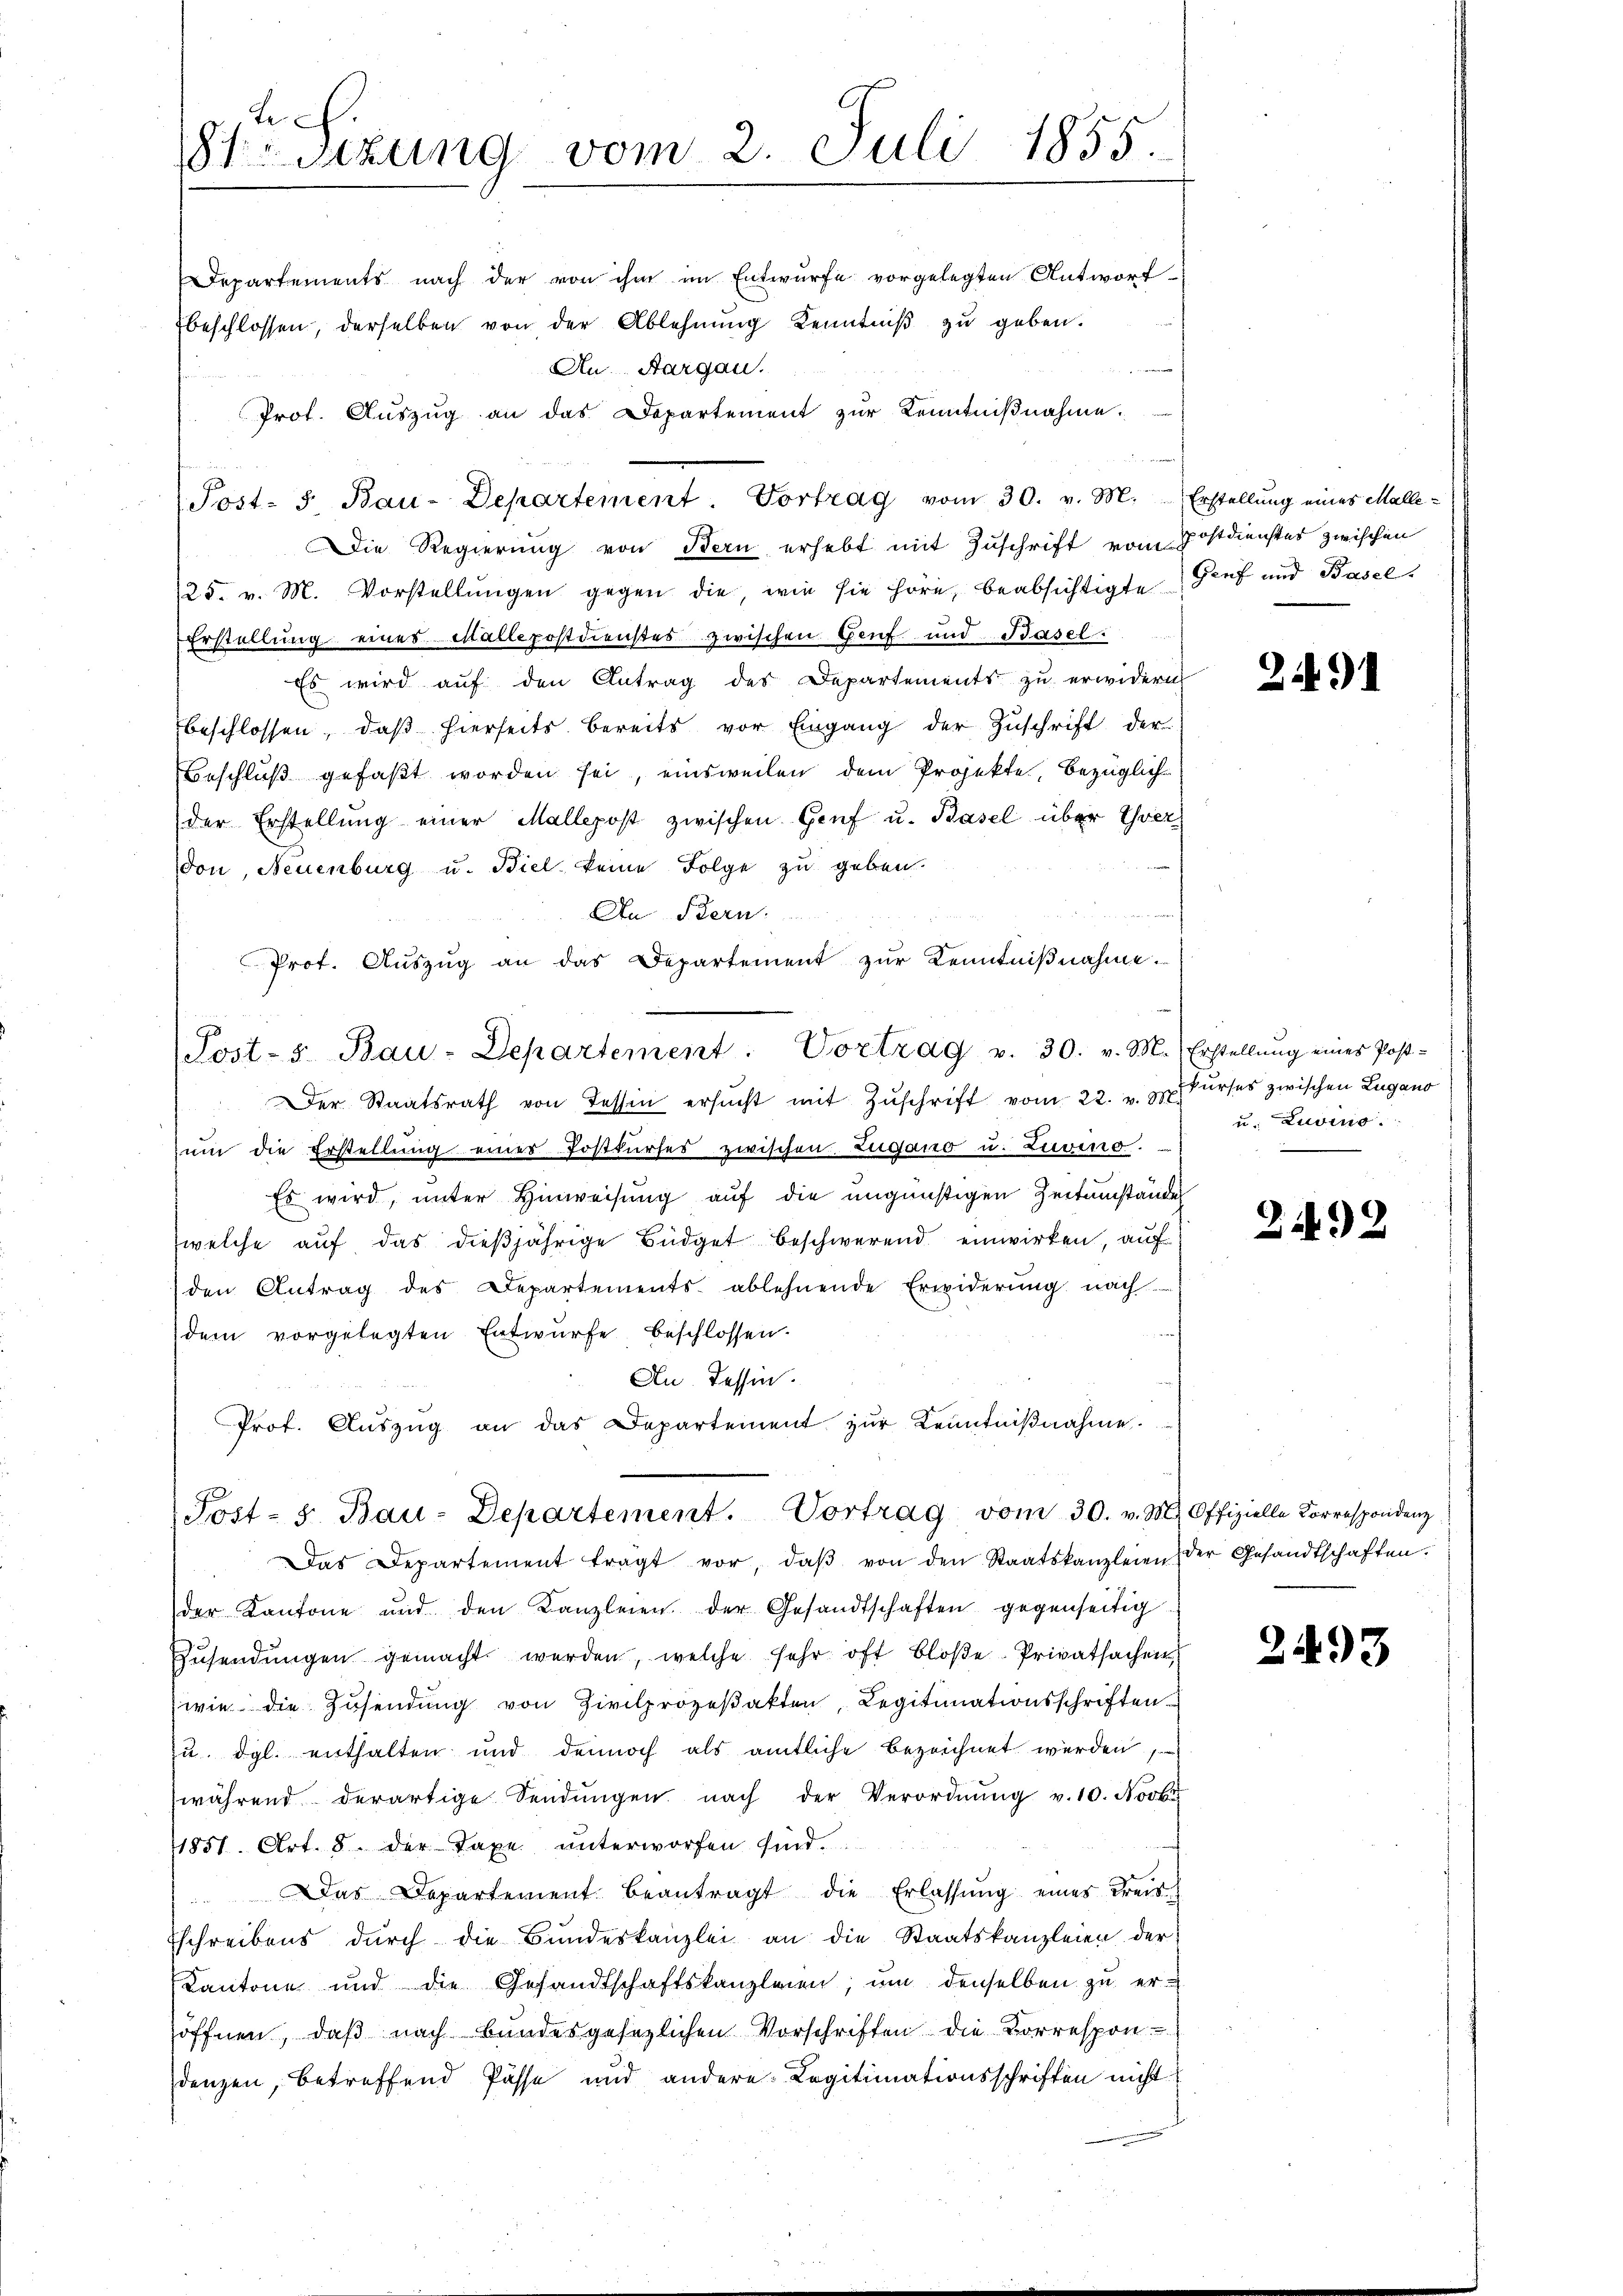
Le
sizung vom 2. Juli 1855.

Departements nach der von ihm im Entwurfe vorgelegten Antwort
beschlossen, derselben von der Ablehnŭng Kenntniβ zŭ geben.
An Aargau.
Prot. Aŭszŭg an das Departement zŭr Kenntniβnahme.
u
Die Regierung von Bern erhebt mit Zuschrift vom Postdienster zwischen
125. v. M. Vorstellŭngen gegen die, wie sie höre, beabsichtigte
Erstellung eines Mallepostdienstes zwischen Genf und Basel.
Es wird aŭf den Antrag des Departements zu erwidern
beschlossen, daß hierseits bereits vor Eingang der Zuschrift der
Beschluß gefaßt worden sei, einsweilen dem Projekte, bezüglich
der Erstellŭng einer Mallepost zwischen Genf u. Basel über ver
don, Neuenburg u. Biel keine Folge zu geben.
An Bern.
Prot. Aŭszŭg an das Departement zŭr Kenntniβnahme.
(Post-s. Bau-Departement. Vortrag v. 30. v. M. Erstellŭng eines Post-
Der Staatsrath von Tessin ersŭcht mit Zŭschrift vom 22. v. Kurses zwischen Lugano
ŭm die Erstellung eines Postkŭrses zwischen Zugano u. Zuvino.
Es wird, unter Hinweisung auf die ungünstigen Zeitumstände
welche auf das dießjährige Büdget beschwerend einwirken, auf
den Antrag des Departements ablehnende Erwiderŭng nach
dem vorgelegten Entwurfe beschlossen.
An. Tessin.
Prof. Aŭszŭg an das Departement zŭr Kenntniβnahme.

Post- u Bau-Departement. Vortrag vom 30. v. M.

Post- 5. Bau-Departement. Vortrag vom 30. v. M. Offizielle Correspondenz

Das Departement tragt vor, daβ von den Staatskanzleien der Gesandtschaften.
der Kantone und den Kanzleien der Gesandtschaften gegenseitig
Zŭsendŭngen gemacht werden, welche sehr oft bloβe- Privatsachen
wie die Zusendung von Zivilprozeßakten, Legitimationsschriften.
u. dgl. enthalten und dennoch als amtliche bezeichnet werden
während derartige Sendŭngen nach der Verordnŭng v. 10. Novb
1851. Art. 8. der Taxe ŭnterworfen sind.
Das Departement beantragt die Erlassŭng eines Kreis
Eschreibens durch die Bundeskanzlei an die Staatskanzleien der
Kantone und die Gesandtschaftskanzleien, ŭm denselben zŭ er-
öffnen, daß nach Bundesgesetzlichen Vorschriften die Vorrespon-
denzen, betreffend Pässe und andere Legitimationsschriften nicht

Erstellung eines Malle¬
Genf und Basel.

21

u. Zuvino.
—

2492

2493